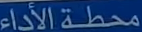
محطة الأداء